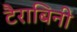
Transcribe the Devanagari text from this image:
टैराबिनी